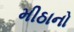
મીઠાનો